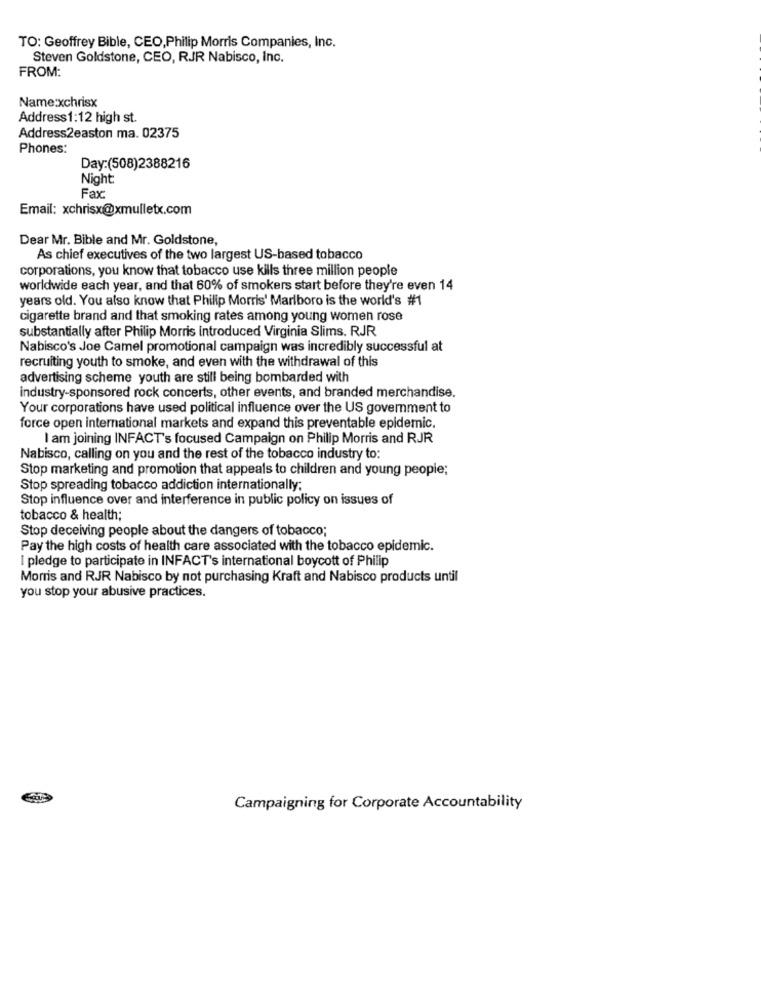
TO: Geoffrey Bible, CEO,Philip Morris Companies, Inc.
Steven Goldstone, CEO, RJR Nabisco, Inc.
FROM:
Name:xchrisx
Address1:12 high st.
Address2easton ma. 02375
Phones:
Day:(508)2388216
Night
Fax
Email: xchrisx@xmulletx.com
Dear Mr. Bible and Mr. Goldstone,
As chief executives of the two largest US-based tobacco
corporations, you know that tobacco use kills three million people
worldwide each year, and that 60% of smokers start before they're even 14
years old. You also know that Philip Morris' Marlboro is the world's #1
cigarette brand and that smoking rates among young women rose
substantially after Philip Morris introduced Virginia Slims. RJR
Nabisco's Joe Camel promotional campaign was incredibly successful at
recruiting youth to smoke, and even with the withdrawal of this
advertising scheme youth are still being bombarded with
industry-sponsored rock concerts, other events, and branded merchandise.
Your corporations have used political influence over the US government to
force open international markets and expand this preventable epidemic.
I am joining INFACT's focused Campaign on Philip Morris and RJR
Nabisco, calling on you and the rest of the tobacco industry to:
Stop marketing and promotion that appeals to children and young people;
Stop spreading tobacco addiction internationally;
Stop influence over and interference in public policy on issues of
tobacco & health;
Stop deceiving people about the dangers of tobacco;
Pay the high costs of health care associated with the tobacco epidemic.
I pledge to participate in INFACT's international boycott of Philip
Morris and RJR Nabisco by not purchasing Kraft and Nabisco products until
you stop your abusive practices.
Campaigning for Corporate Accountability